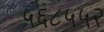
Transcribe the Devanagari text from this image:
५६८५५२